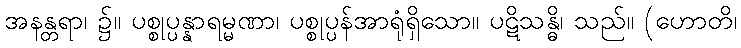
အနန္တရာ၊ ၌။ ပစ္စုပ္ပန္နာရမ္မဏာ၊ ပစ္စုပ္ပန်အာရုံရှိသော။ ပဋိသန္ဓိ၊ သည်။ (ဟောတိ၊